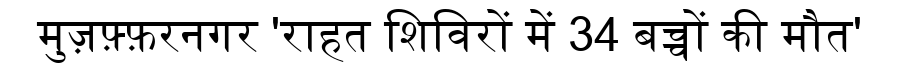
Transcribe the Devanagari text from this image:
मुज़फ़्फ़रनगर 'राहत शिविरों में 34 बच्चों की मौत'